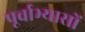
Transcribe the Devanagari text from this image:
पूर्वाभ्यासों